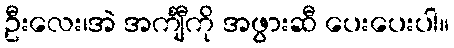
ဦးလေး၊အဲ အင်္ကျီကို အဖွားဆီ ပေးပေးပါ။